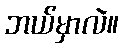
ဘယ်မှာလဲ။